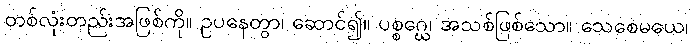
တစ်လုံးတည်းအဖြစ်ကို။ ဥပနေတွာ၊ ဆောင်၍။ ပစ္စဂ္ဃေ၊ အသစ်ဖြစ်သော။ သေစေမယေ၊